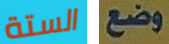
الستة وضع